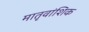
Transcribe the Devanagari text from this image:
मातृवांशिक